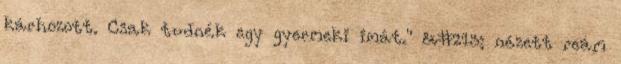
kárhozott. Csak tudnék egy gyermeki imát." &#213; nézett reám